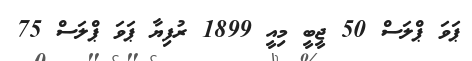
ޕަވަ ޕްލަސް 50 ޖީބީ މިއީ 1899 ރުފިޔާ ޕަވަ ޕްލަސް 75